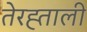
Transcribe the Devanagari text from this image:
तेरह्ताली